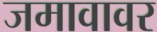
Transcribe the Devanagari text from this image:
जमावावर